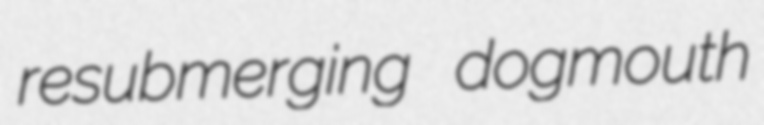
resubmerging dogmouth